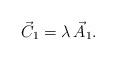
LaTeX: \begin{align*} \vec{C}_1=\lambda\,\vec{A}_1. \end{align*}